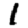
Digit: 1